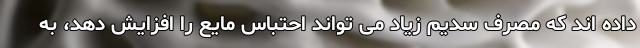
داده اند که مصرف سدیم زیاد می تواند احتباس مایع را افزایش دهد، به